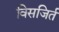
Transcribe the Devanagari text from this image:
विसजिर्त